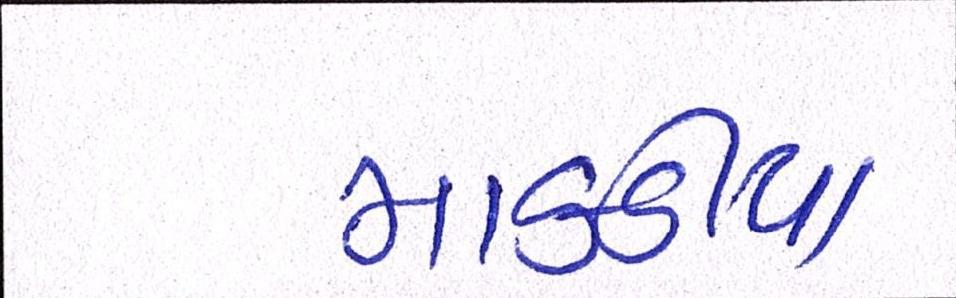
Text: માકડીયા